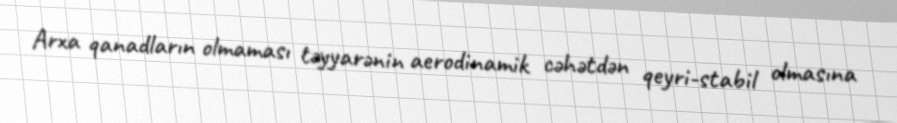
Arxa qanadların olmaması təyyarənin aerodinamik cəhətdən qeyri-stabil olmasına